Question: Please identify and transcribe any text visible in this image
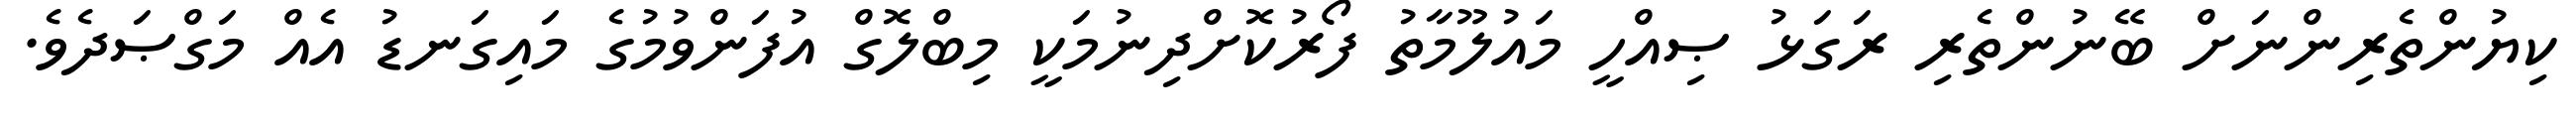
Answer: ކިޔުންތެރިންނަށް ބޭނުންތެރި ރަގަޅު ޞިއްހީ މައުލޫމާތު ފޯރުކޮށްދިނުމަކީ މިބްލޮގް އުފަންވުމުގެ މައިގަނޑު އެއް މަގްޞަދެވެ.